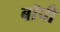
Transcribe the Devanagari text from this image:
बॉपी